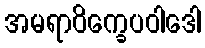
အမရာဝိက္ခေပဝါဒေါ